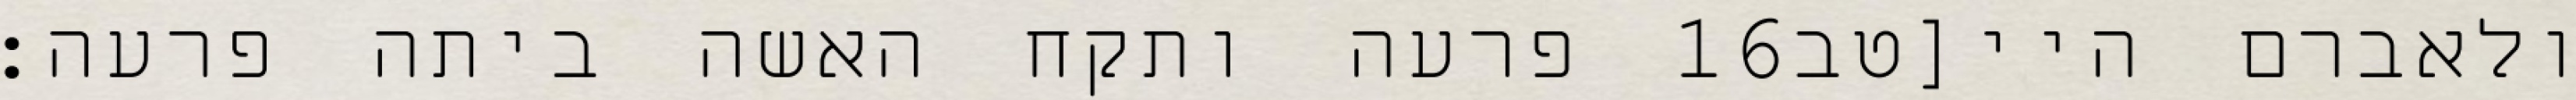
פרעה ותקח האשה ביתה פרעה׃ ‎16‏ ולאברם היי[טב